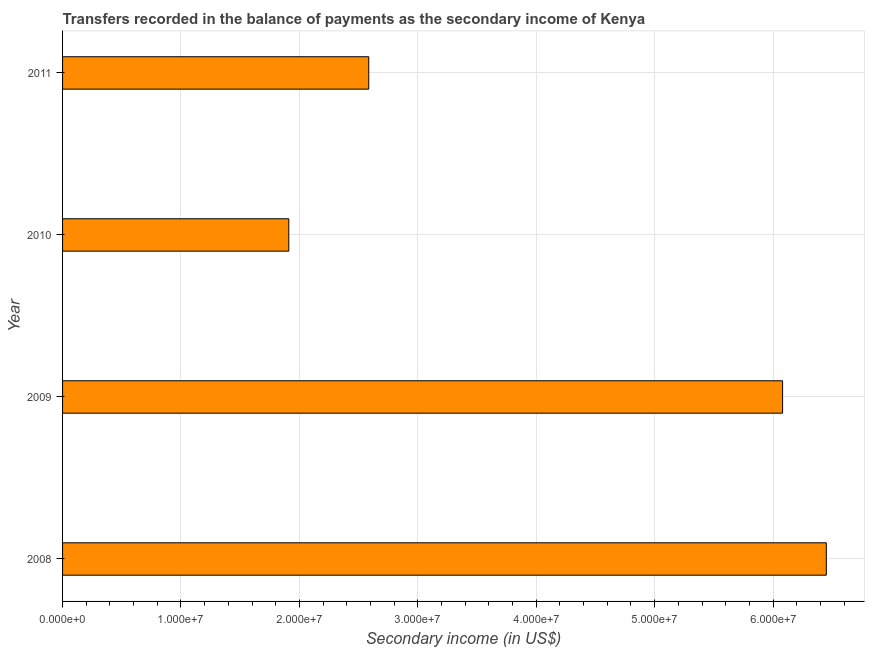
| Year | Secondary income |
 | --- | --- |
 | 2008 | 6.45e+07 |
 | 2009 | 6.08e+07 |
 | 2010 | 1.91e+07 |
 | 2011 | 2.59e+07 |